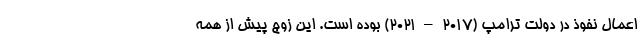
اعمال نفوذ در دولت ترامپ (۲۰۱۷ – ۲۰۲۱) بوده است. این زوج پیش از همه